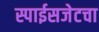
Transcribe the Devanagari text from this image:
स्पाईसजेटचा